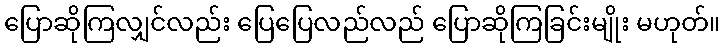
ပြောဆိုကြလျှင်လည်း ပြေပြေလည်လည် ပြောဆိုကြခြင်းမျိုး မဟုတ်။